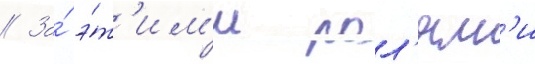
// За́ э́т'им'и рол'ям'и